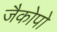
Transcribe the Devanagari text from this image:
जैकोपो